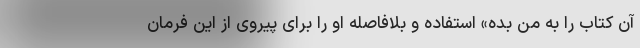
آن کتاب را به من بده» استفاده و بلافاصله او را برای پیروی از این فرمان